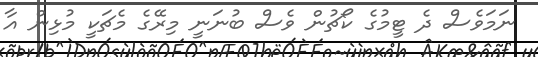
ނަމަވެސް ދެ ޓީމުގެ ކޯޗުން ވެސް ބުނަނީ މިރޭގެ މެޗަކީ މުޅިން އާ